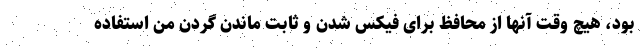
بود، هیچ وقت آنها از محافظ برای فیکس شدن و ثابت ماندن گردن من استفاده